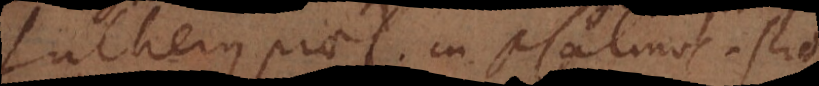
Lutherus praef. in psalmos. Scio